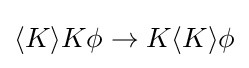
\langle K\rangle K\phi \rightarrow K\langle K\rangle \phi